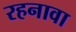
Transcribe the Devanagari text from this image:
रहनावा